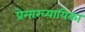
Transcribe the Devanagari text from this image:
प्रेमाख्यायिका